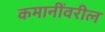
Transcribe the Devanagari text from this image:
कमानींवरील